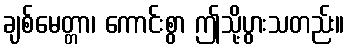
ချစ်မေတ္တာ၊ ကောင်းစွာ ဤသို့ပွားသတည်း။